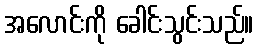
အလောင်းကို ခေါင်းသွင်းသည်။